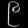
Digit: ၉